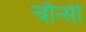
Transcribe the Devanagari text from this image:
चौन्सी